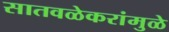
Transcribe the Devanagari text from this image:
सातवळेकरांमुळे